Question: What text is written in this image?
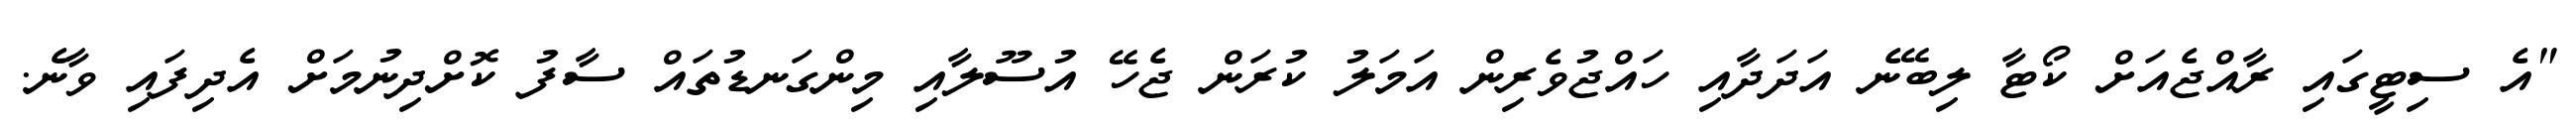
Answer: "އެ ސިޓީގައި ރާއްޖެއަށް ކޯޓާ ލިބޭނެ އަދަދާއި ހައްޖުވެރިން އަމަލު ކުރަން ޖެހޭ އުސޫލާއި މިންގަނޑުތައް ސާފު ކޮށްދިނުމަށް އެދިފައި ވާނެ.